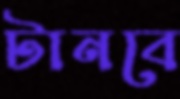
টানবে